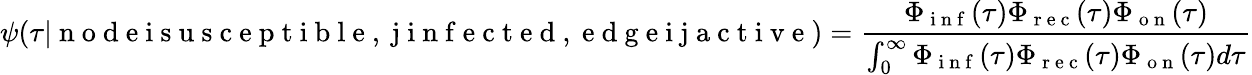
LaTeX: \psi(\tau|\mathrm{~n~o~d~e~i~s~u~s~c~e~p~t~i~b~l~e~,~j~i~n~f~e~c~t~e~d~,~e~d~g~e~i~j~a~c~t~i~v~e~})=\frac{\Phi_{\mathrm{~i~n~f~}}(\tau)\Phi_{\mathrm{~r~e~c~}}(\tau)\Phi_{\mathrm{~o~n~}}(\tau)}{\int_{0}^{\infty}\Phi_{\mathrm{~i~n~f~}}(\tau)\Phi_{\mathrm{~r~e~c~}}(\tau)\Phi_{\mathrm{~o~n~}}(\tau)d\tau}